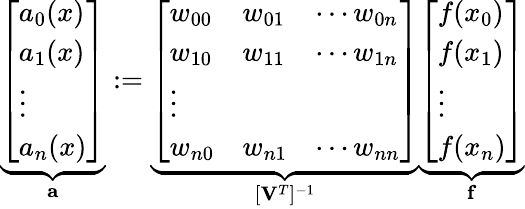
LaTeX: \underbrace{\left[\begin{array}{l}{a_{0}(x)}\\ {a_{1}(x)}\\ {\vdots}\\ {a_{n}(x)}\end{array}\right]}_{\mathbf{a}}:=\underbrace{\left[\begin{array}{lll}{w_{00}}&{w_{01}}&{\cdots w_{0n}}\\ {w_{10}}&{w_{11}}&{\cdots w_{1n}}\\ {\vdots}\\ {w_{n0}}&{w_{n1}}&{\cdots w_{nn}}\end{array}\right]}_{[\mathbf{V}^{T}]^{-1}}\underbrace{\left[\begin{array}{l}{f(x_{0})}\\ {f(x_{1})}\\ {\vdots}\\ {f(x_{n})}\end{array}\right]}_{\mathbf{f}}